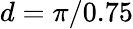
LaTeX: d=\pi/0.75